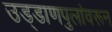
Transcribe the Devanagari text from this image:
उड्डाणपुलांवरून